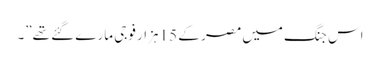
اس جنگ میں مصر کے 15 ہزار فوجی مارے گئے تھے”۔